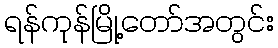
ရန်ကုန်မြို့တော်အတွင်း